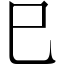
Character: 巳